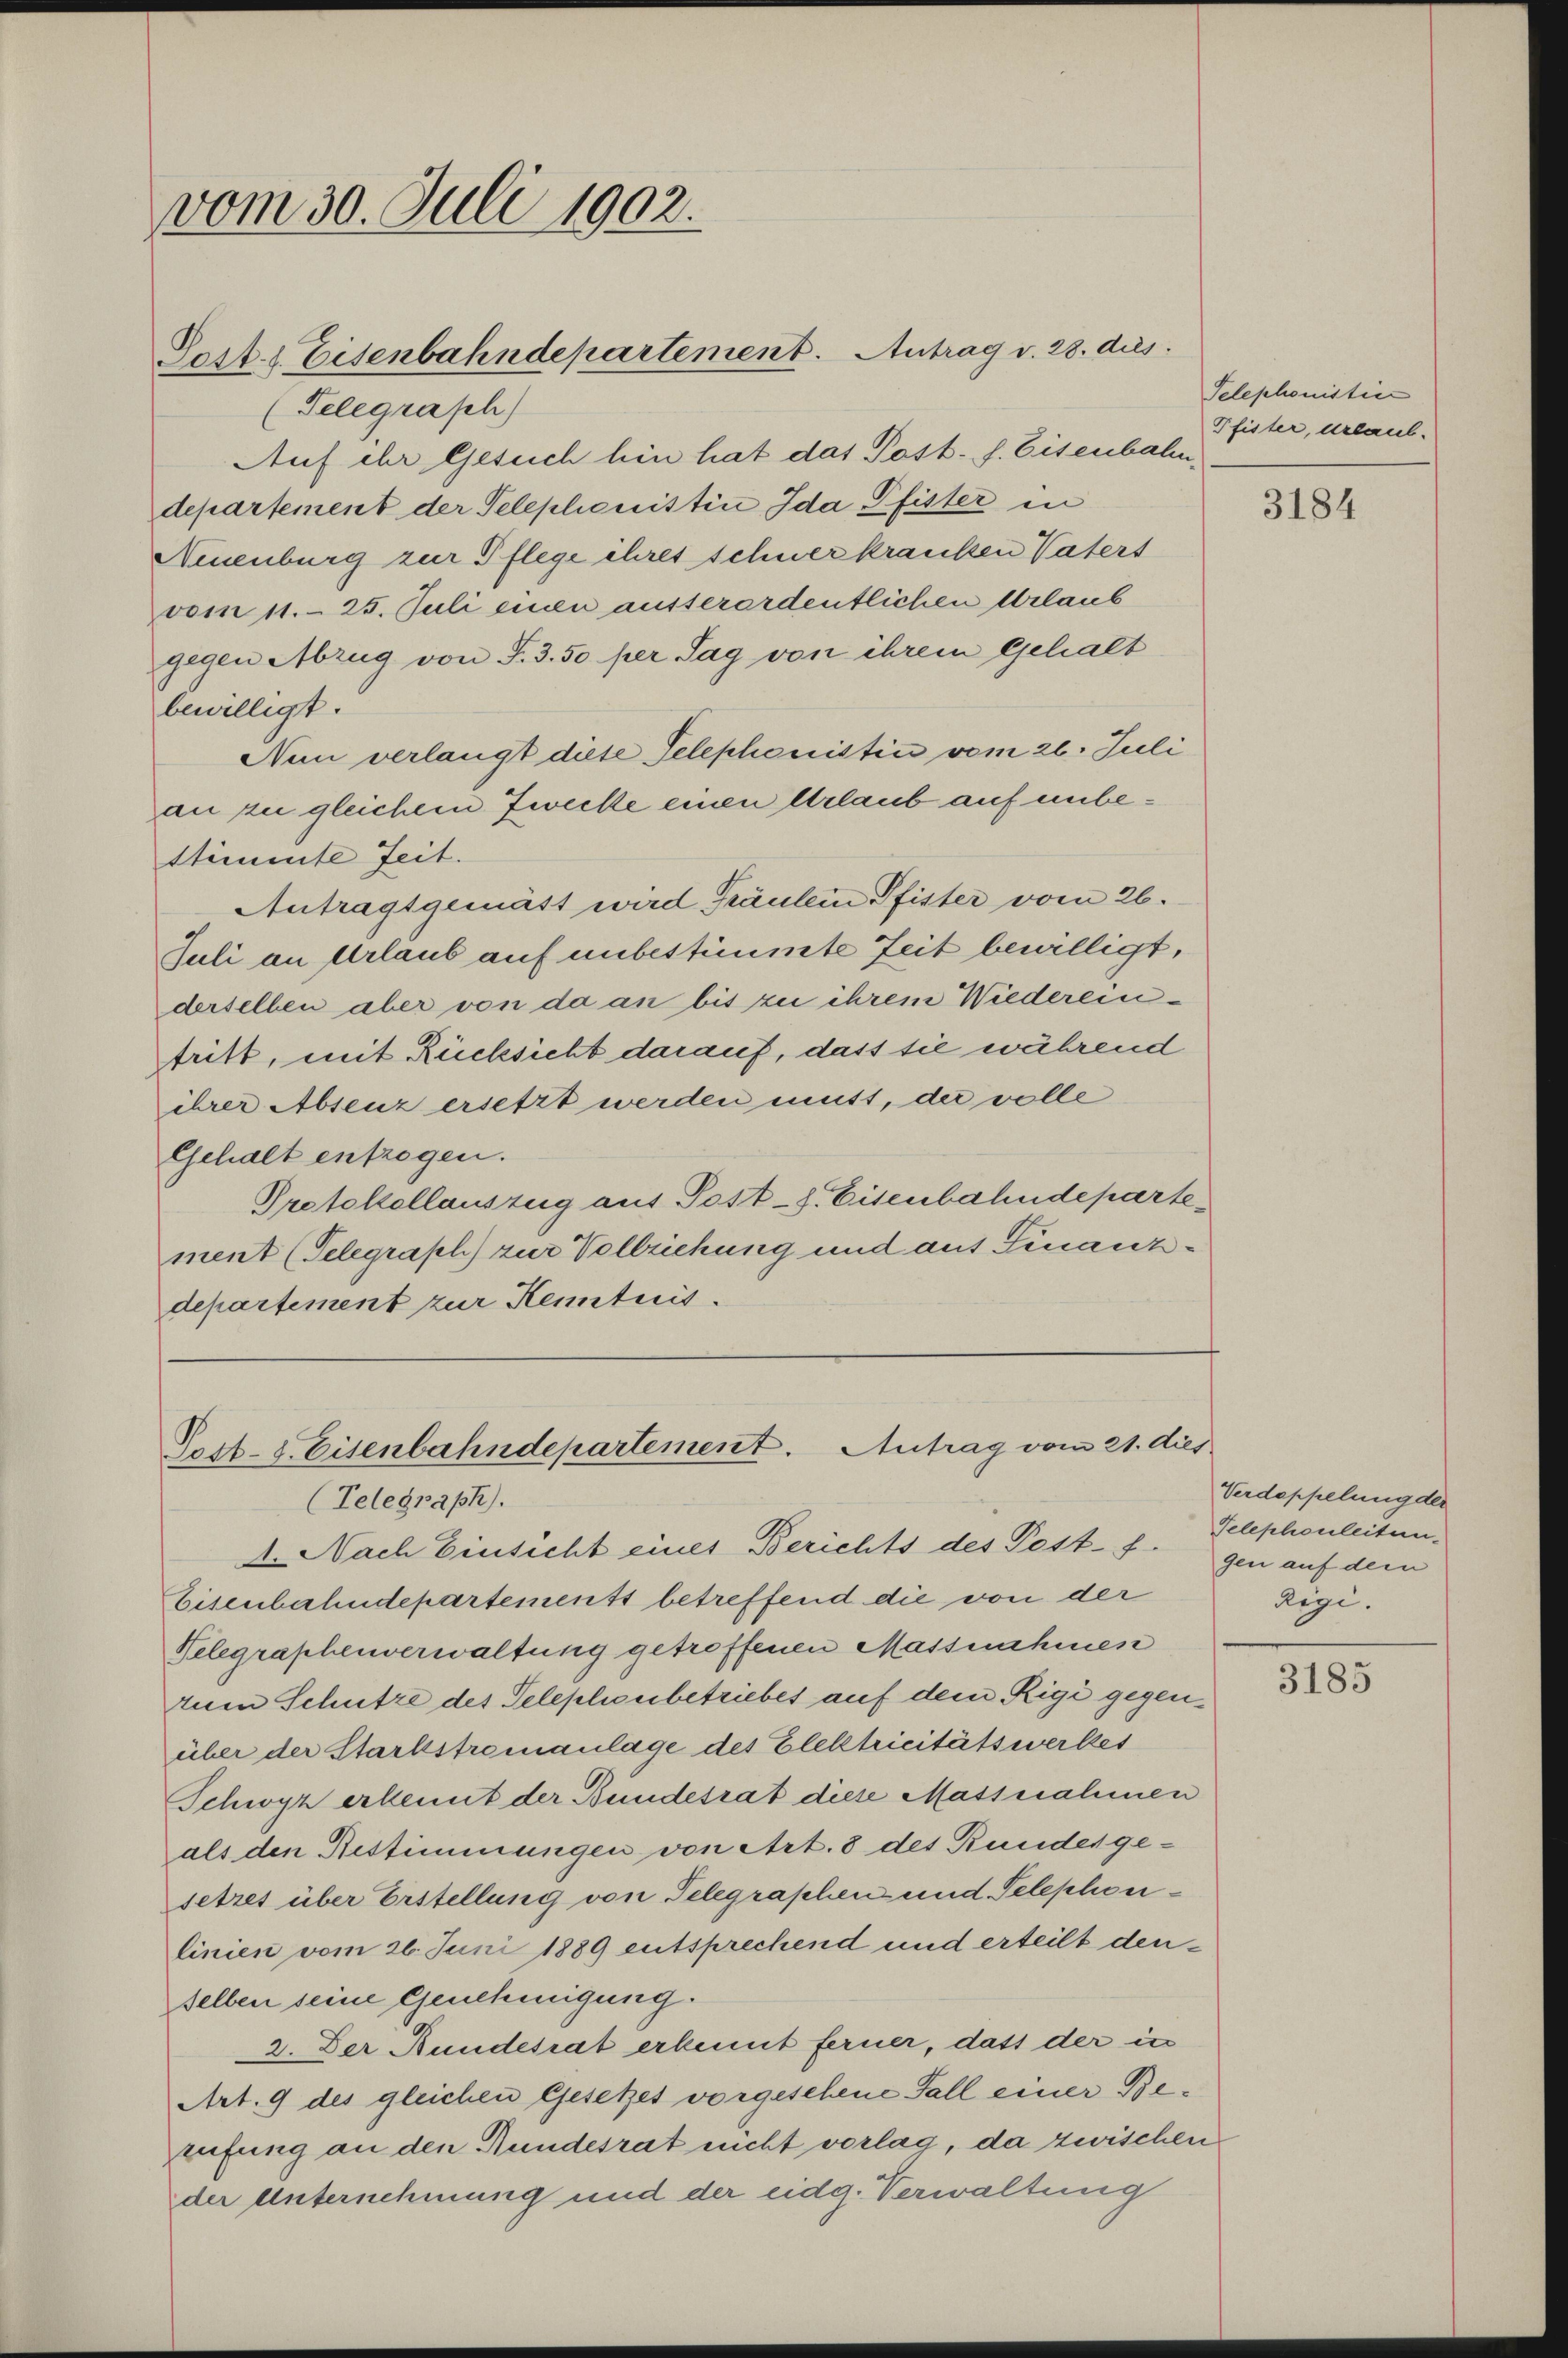
vom 30. Juli 1902.

(Telegrasch)
Auf ihr Gesuch hin hat das Post. f. Eisenbahn,
departement der Telephonistin Ida Pfister in
Neuenburg zur Pflege ihres schner kranken Vaters
vom 11. 25. Juli einen ausserordentlichen Urlaub
gegen Abzug von F. 3. 50 per Tag von ihrem Gehalt
bewilligt.
Nun verlangt diese Telephonistin vom 20. Juli
an zu gleichem Zwecke einen Urlaub auf unbestimmte Zeit.
Antragsgemäss wird Fräulein Pfister vom 26.
Juli an Urlaub auf unbestimmte Zeit bewilligt,
derselben aber von da an bis zu ihrem Wiedereintritt, mit Rücksicht darauf, dass sie während
ihrer Absenz ersetzt werden muss, der volle
Gehalt entzogen.
Protokollauszug aus Post-s. Eisenbahndeparte
ment (Telegraph) zur Vollziehung und aus Finanzdepartement zur Kenntnis

Sost. Eisenbahndepartement. Antrag v. 28. dies

Post- & Eisenbahndepartement. Antrag vom 21. dies
(Telegraph).

Telephonistin
Pfister, erlaub.

4. Nach Einsicht eines Berichts des Post- Telephonleitun¬
Eisenbahndepartements betreffend die von der
Nelegraphenverwaltung getroffenen Massnahmen
zum Schutze des Telephonbetriebes auf dem Rigi gegenüber der Starkstromanlage des Elektricitätswerkes
Schwyz erkennt der Bundesrat diese Massnahmen
als den Bestimmungen von Art. 8 des Bundesgesetzes über Erstellung von Telegraphen und Telephonlinien vom 26. Juni 1889 entsprechend und erteilt denselben seine Genehmigung.
2. Der Bundesrat erkennt ferner, dass der in
Art. 9 des gleichen Gesetzes vorgesehene Fall einer Berufung an den Rundesrat nicht vorlag, da zwischen
der Unternehmung und der eidg. Verwaltung

3184

Verdoppelung der
gen auf dem
Rigi.

3183